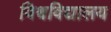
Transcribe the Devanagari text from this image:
विश्र्वविद्यालय